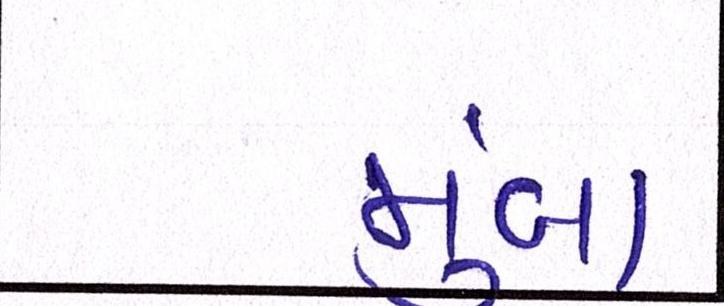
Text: મુંબા